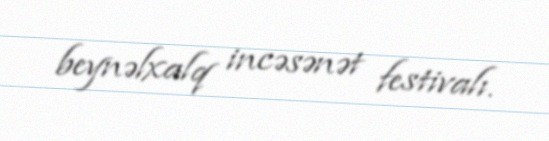
beynəlxalq incəsənət festivalı.